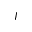
I